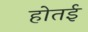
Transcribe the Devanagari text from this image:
होतई